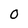
Character: 0